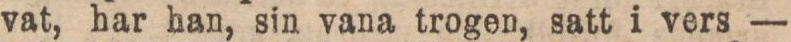
vat, har han, sin vana trogen, satt i vers —